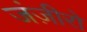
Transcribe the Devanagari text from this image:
जंज़ीरो